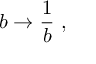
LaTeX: b \to { \frac { 1 } { b } } \ ,